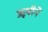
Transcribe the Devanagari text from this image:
ॠषीनें